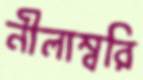
নীলাম্বরি